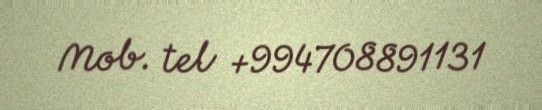
Mob. tel +994708891131